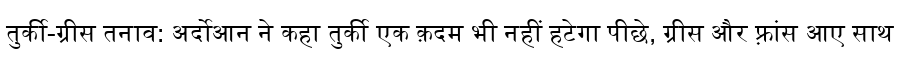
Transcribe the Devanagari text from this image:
तुर्की-ग्रीस तनाव: अर्दोआन ने कहा तुर्की एक क़दम भी नहीं हटेगा पीछे, ग्रीस और फ़्रांस आए साथ